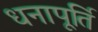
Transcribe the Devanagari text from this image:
धनापूर्ति